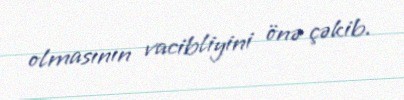
olmasının vacibliyini önə çəkib.